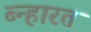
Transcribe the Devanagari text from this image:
ब्न्हारत